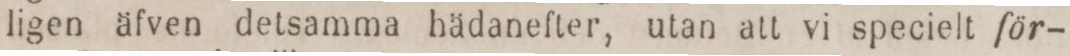
ligen äfven detsamma hädanefter, utan att vi specielt för-